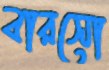
বারসো